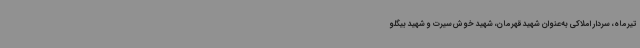
تیرماه، سردار املاکی به‌عنوان شهید قهرمان، شهید خوش‌سیرت و شهید بیگلو